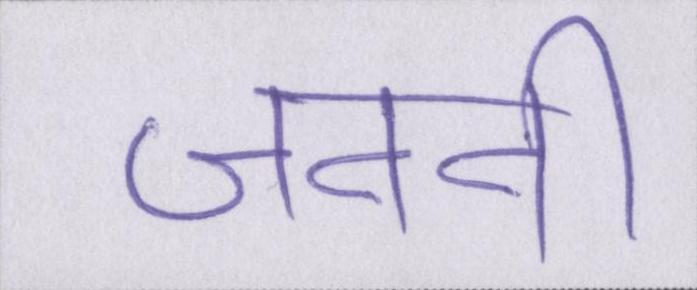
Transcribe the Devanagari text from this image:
जननी